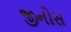
જીનોસ